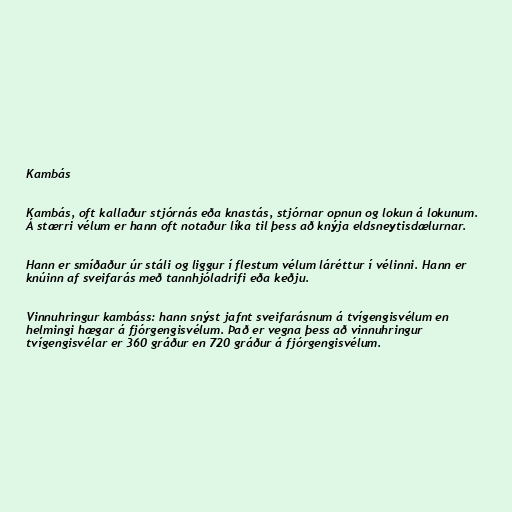
Kambás

Kambás, oft kallaður stjórnás eða knastás, stjórnar opnun og lokun á lokunum.
Á stærri vélum er hann oft notaður líka til þess að knýja eldsneytisdælurnar.

Hann er smíðaður úr stáli og liggur í flestum vélum láréttur í vélinni. Hann er
knúinn af sveifarás með tannhjóladrifi eða keðju.

Vinnuhringur kambáss: hann snýst jafnt sveifarásnum á tvígengisvélum en
helmingi hægar á fjórgengisvélum. Það er vegna þess að vinnuhringur
tvígengisvélar er 360 gráður en 720 gráður á fjórgengisvélum.